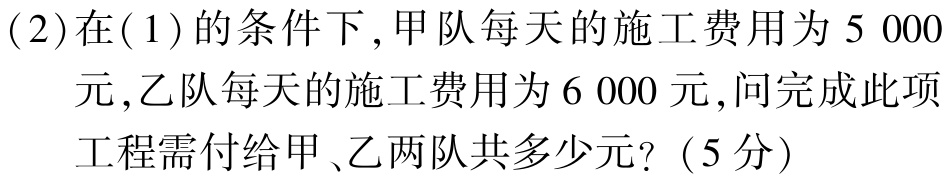
(2)在(1)的条件下,甲队每天的施工费用为$5\ 000$元,乙队每天的施工费用为$6\ 000$元,问完成此项工程需付给甲、乙两队共多少元?（5分）